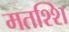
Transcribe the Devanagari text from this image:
मतश्शि